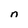
Character: n